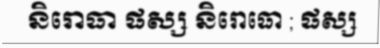
និរោធា ផស្ស និរោធោ ; ផស្ស